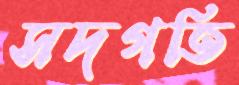
সদগতি